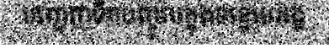
បញ្ចេញទឹកបញ្ចូលក្នុងទន្លេមេគង្គ